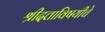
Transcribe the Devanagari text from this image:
श्रीदत्ताविषयीचे